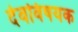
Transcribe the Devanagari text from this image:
देवविषयक